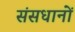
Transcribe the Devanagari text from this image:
संसधानों